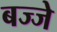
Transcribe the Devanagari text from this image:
बज्जे